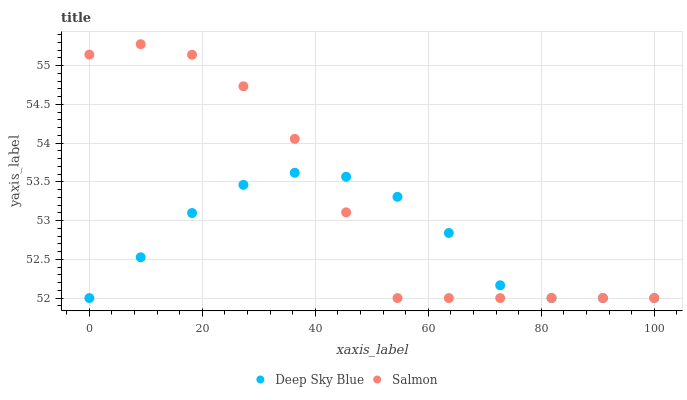
| xaxis_label | Deep Sky Blue | Salmon |
 | --- | --- | --- |
 | 0 | 52 | 55.1 |
 | 9.09 | 52.5 | 55.3 |
 | 18.2 | 53.1 | 55.1 |
 | 27.3 | 53.5 | 54.7 |
 | 36.4 | 53.6 | 54.1 |
 | 45.5 | 53.6 | 53.1 |
 | 54.5 | 53.3 | 52 |
 | 63.6 | 52.8 | 52 |
 | 72.7 | 52.2 | 52 |
 | 81.8 | 52 | 52 |
 | 90.9 | 52 | 52 |
 | 100 | 52 | 52 |